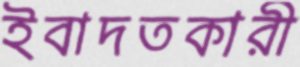
ইবাদতকারী